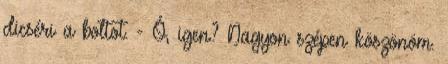
dicséri a boltot. - Ó, igen? Nagyon szépen köszönöm.